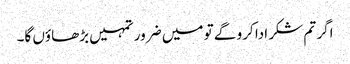
اگر تم شکر ادا کرو گے تو میں ضرور تمہیں بڑھاؤں گا۔